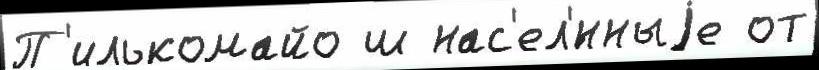
П'илькомайо ш нас'ел'́нныjе от